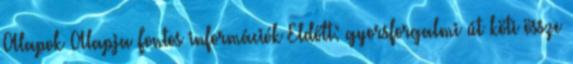
Alapok Alapja Fontos információk Eldőlt: gyorsforgalmi út köti össze